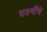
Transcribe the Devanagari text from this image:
सप्तर्षींचे